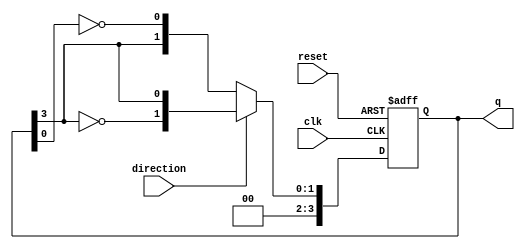
module bidirectional_johnson_counter (
    input wire clk,                // Clock input
    input wire reset,              // Asynchronous reset
    input wire direction,          // Control signal: 1 for up, 0 for down
    output reg [n-1:0] q           // Output of the counter (n-bit)
);
    parameter n = 4;               // Number of flip-flops (change as needed)

    // Asynchronous reset and counting logic
    always @(posedge clk or posedge reset) begin
        if (reset) begin
            q <= 0;                // Reset output to 0
        end else begin
            if (direction) begin   // Counting Up
                q <= {~q[n-1], q[n-1:n-1]}; // Shift left with feedback
            end else begin          // Counting Down
                q <= {q[n-1:n-1], ~q[0]}; // Shift right with feedback
            end
        end
    end
endmodule